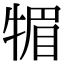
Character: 𤚤